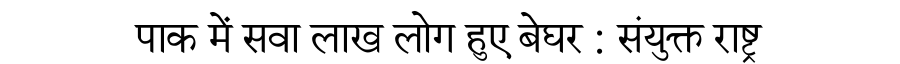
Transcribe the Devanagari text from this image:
पाक में सवा लाख लोग हुए बेघर : संयुक्त राष्ट्र